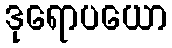
ဒုရောပယော